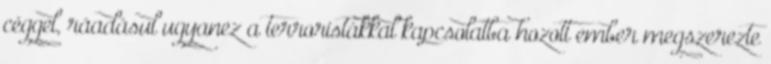
céggel, ráadásul ugyanez a terroristákkal kapcsolatba hozott ember megszerezte